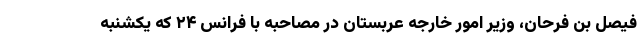
فیصل بن فرحان، وزیر امور خارجه عربستان در مصاحبه با فرانس ۲۴ که یکشنبه